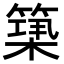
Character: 𥲒